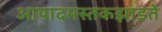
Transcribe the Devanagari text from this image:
आपादमस्तकझाडते